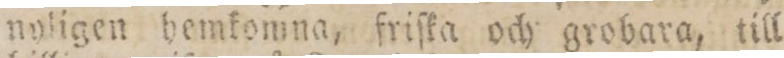
nyligen hemkomna, friſka och grobara, till